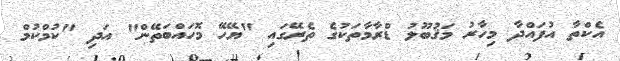
އެކްތާ އުފައްދާ މިހާރު މަޤުބޫލު ޑްރާމާތަކުގެ ތެރޭގައި "ޔޭހޭ މޮހައްބަތޭން" އަދި "ކުމްކުމް